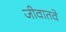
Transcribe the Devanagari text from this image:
जीवातवे